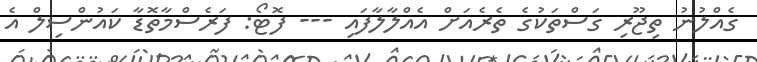
ގެއްލުނު ތިޖޫރި ގަސްތަކުގެ ތެރެއަށް އެއްލާލާފައި --- ފޮޓޯ: ފަރެސްމާތޮޑާ ކައުންސިލް އެ